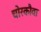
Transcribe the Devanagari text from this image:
चोरकौवा